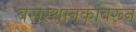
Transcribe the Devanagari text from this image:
बसस्थानकांवरून